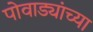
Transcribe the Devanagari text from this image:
पोवाड्यांच्या